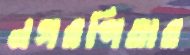
নগরপিতার